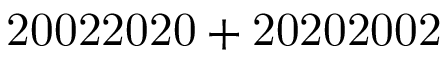
\mathrm { 2 0 0 2 2 0 2 0 + 2 0 2 0 2 0 0 2 }